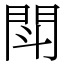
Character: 閗